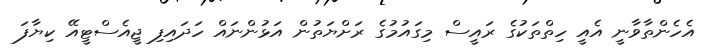
އެހެންތާވާނީ އެއީ ހިތްތަކުގެ ރައީސް މިގައުމުގެ ރަށްޔަތުން އަޅުންނައް ހަދައިފި ޖީއެސްޓީއޭ ކިޔާފަ